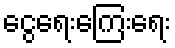
ငွေရေးကြေးရေး